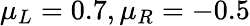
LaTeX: \mu_{L}=0.7,\mu_{R}=-0.5